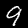
Label: 9